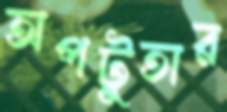
অপটুতার